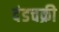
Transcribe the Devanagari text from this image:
दंडचक्री